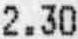
2.30